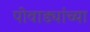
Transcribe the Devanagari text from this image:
पोवाड्यांच्या